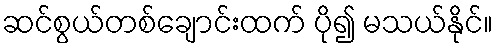
ဆင်စွယ်တစ်ချောင်းထက် ပို၍ မသယ်နိုင်။